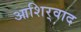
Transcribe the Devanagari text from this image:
आशिर्‍वाद